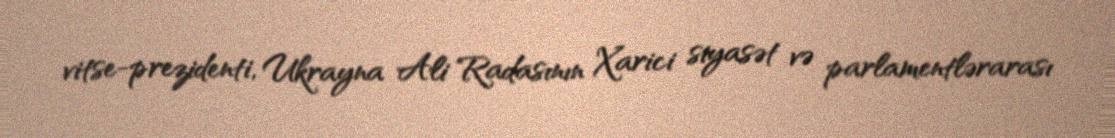
vitse-prezidenti, Ukrayna Ali Radasının Xarici siyasət və parlamentlərarası